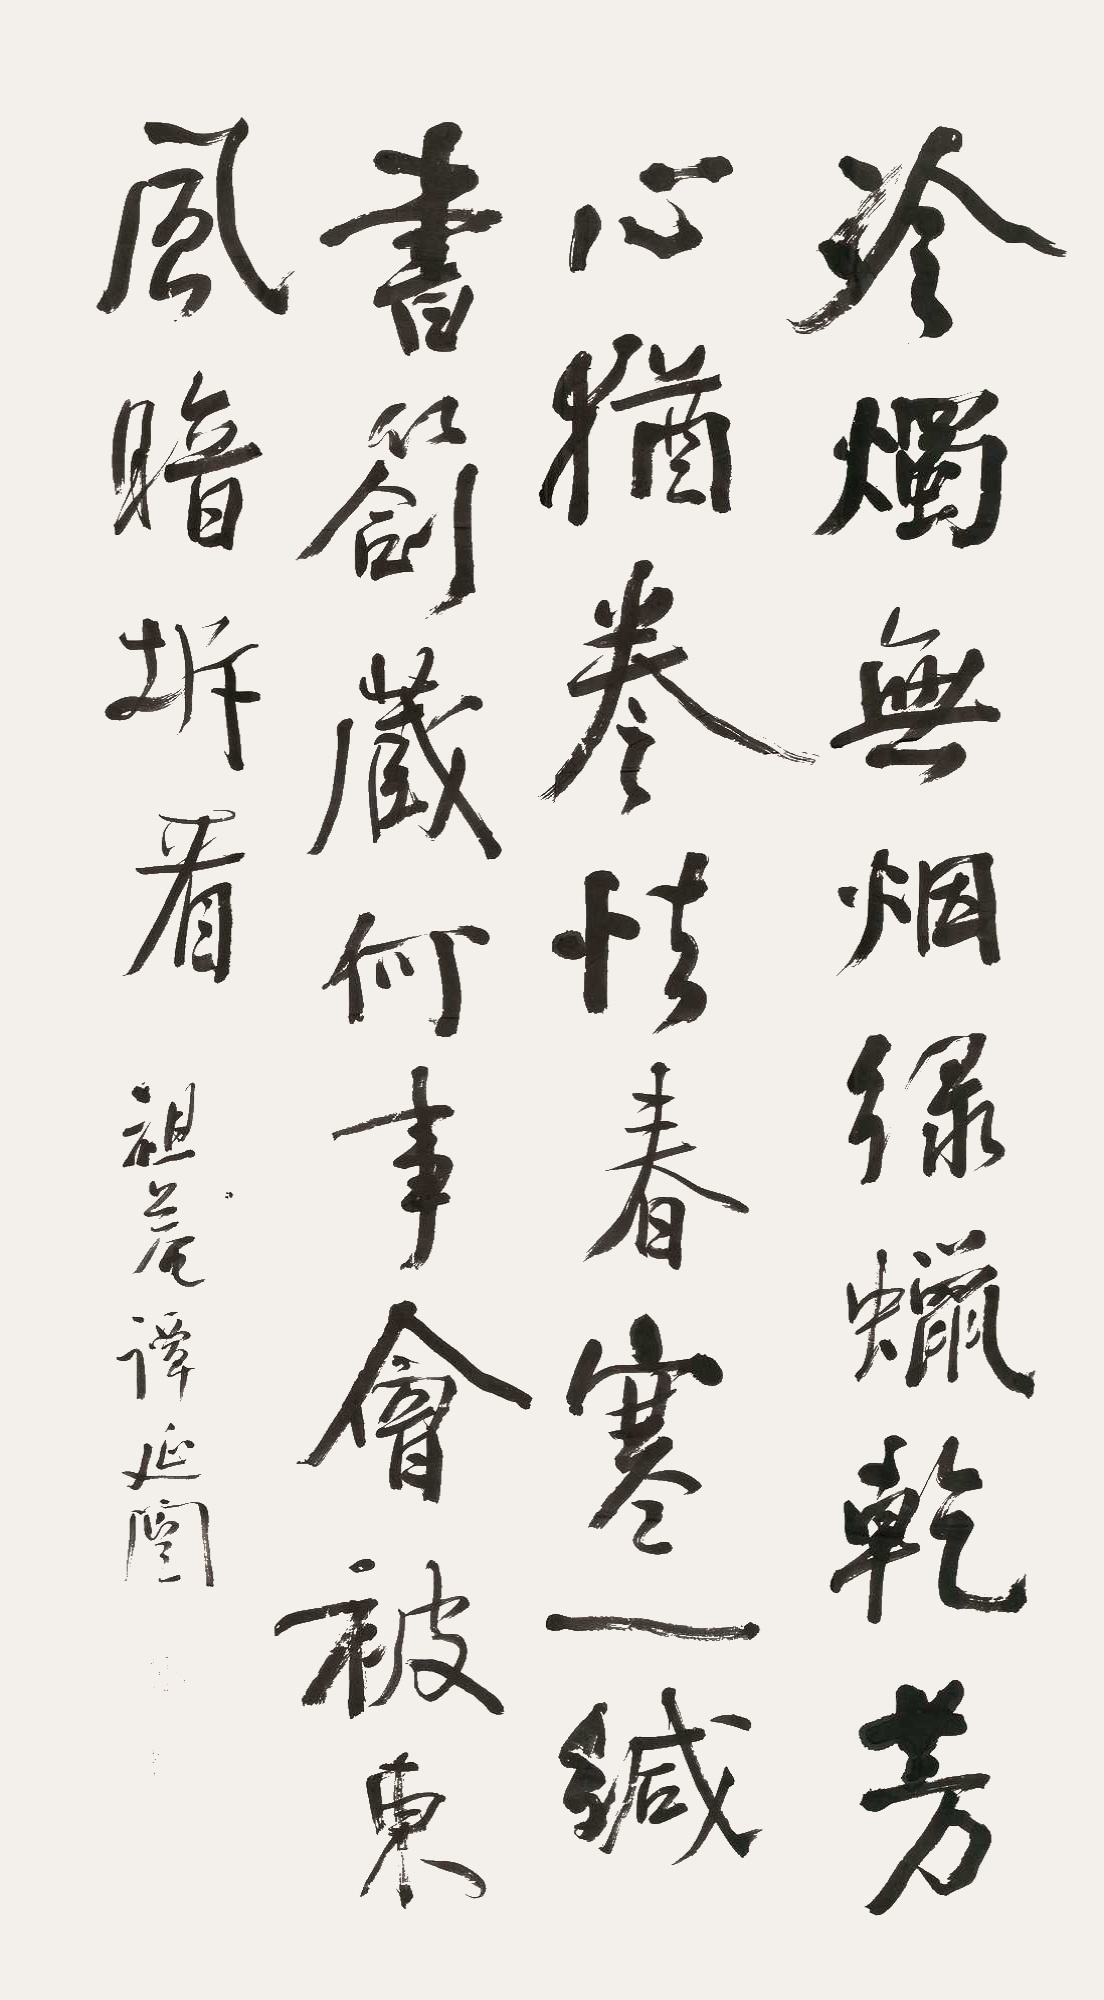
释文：冷烛无烟绿蜡干，芳心犹卷怯春寒。一缄书札藏何事，会被东风暗拆看。祖庵谭延闿。